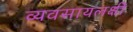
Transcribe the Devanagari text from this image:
व्यवसायलक्षी